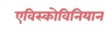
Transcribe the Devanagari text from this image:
एविस्कोविनियान